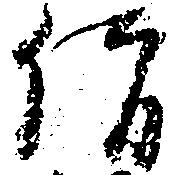
僧